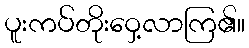
ပူးကပ်တိုးဝှေ့လာကြ၏။